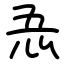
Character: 忢